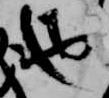
也